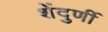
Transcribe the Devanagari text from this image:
शेंदुर्णी